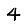
Digit: 4